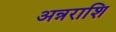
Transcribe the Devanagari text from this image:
अन्नराशि